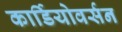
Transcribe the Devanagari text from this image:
कार्डियोवर्सन